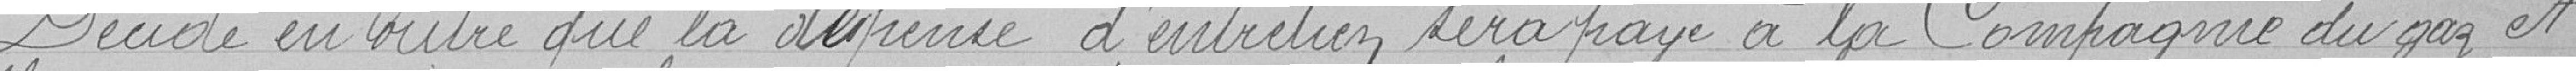
Décide en outre que la dispense d'entretien sera payé à la Compagnie du gaz et